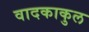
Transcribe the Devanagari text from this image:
वादकाकुल